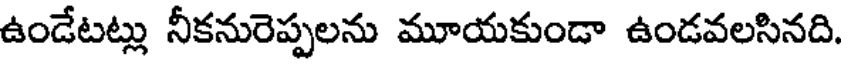
ఉండేటట్లు నీకనురెప్పలను మూయకుండా ఉండవలసినది.